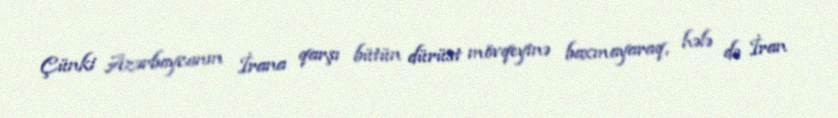
Çünki Azərbaycanın İrana qarşı bütün dürüst mövqeyinə baxmayaraq, hələ də İran